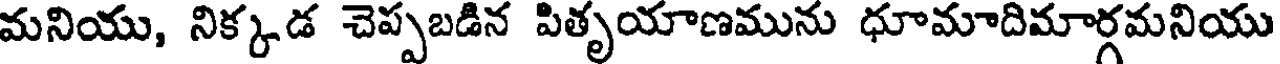
మనియు, నిక్కడ చెప్పబడిన పితృయాణమును ధూమాదిమార్గమనియు